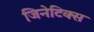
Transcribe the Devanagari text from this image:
जिनेटिक्स